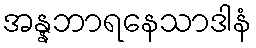
အန္နဘာရနေသာဒါနံ